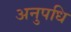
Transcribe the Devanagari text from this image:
अनुपधि